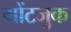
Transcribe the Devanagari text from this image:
मोंटजुक